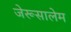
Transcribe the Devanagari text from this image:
जेरूसालेम